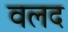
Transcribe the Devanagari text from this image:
वलद